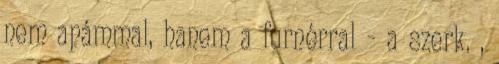
nem apámmal, hanem a furnérral - a szerk. ,